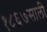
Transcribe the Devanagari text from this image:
१८६७साली